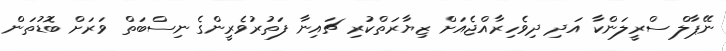
ނޭޕާލް ސްރީލަންކާ އަދި ދިވެހިރާއްޖެއަށް ޒިޔާރަތްކުރި ޗައިނާ ފަތުރުވެރީންގެ ނިސްބަތް ވަރަށް ބޮޑުތަން